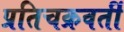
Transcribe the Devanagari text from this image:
प्रतिचक्रवर्ती